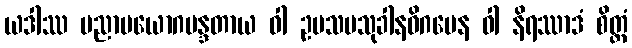
ယဒါဿ ပညာပယောဂမန္ဒတာယ ဝါ ဥပသမသုခါနဓိဂမေန ဝါ နိရဿာဒံ စိတ္တံ